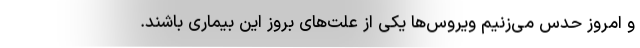
و امروز حدس می‌زنیم ویروس‌ها یکی از علت‌های بروز این بیماری باشند.